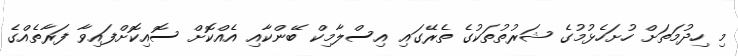
މި ހިދުމަތަށް ހުށަހެޅުމުގެ ޝަރުތުތަކުގެ ތެރޭގައި އިސްލާމިކް ބޭންކާއި އެއްކޮށް ސޮއިކޮށްފައިވާ ފަރާތެއްގެ